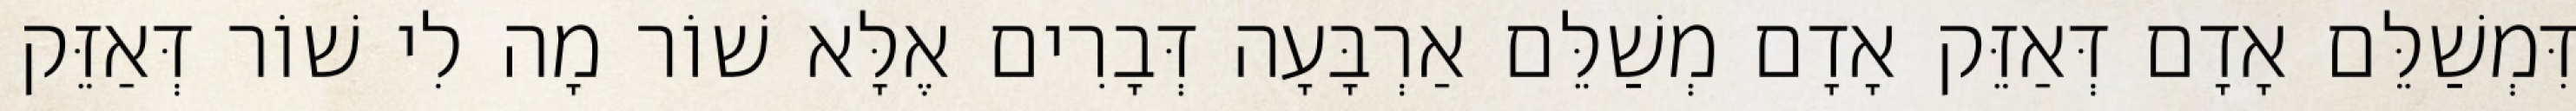
דִּמְשַׁלֵּם אָדָם דְּאַזֵּק אָדָם מְשַׁלֵּם אַרְבָּעָה דְּבָרִים אֶלָּא שׁוֹר מָה לִי שׁוֹר דְּאַזֵּק